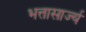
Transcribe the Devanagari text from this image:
भत्तासार्ज्य